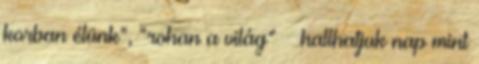
korban élünk”, “rohan a világ” – hallhatjuk nap mint